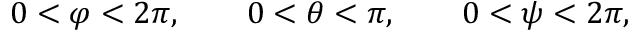
\begin{array} { r } { 0 < \varphi < 2 \pi , \qquad 0 < \theta < \pi , \qquad 0 < \psi < 2 \pi , } \end{array}